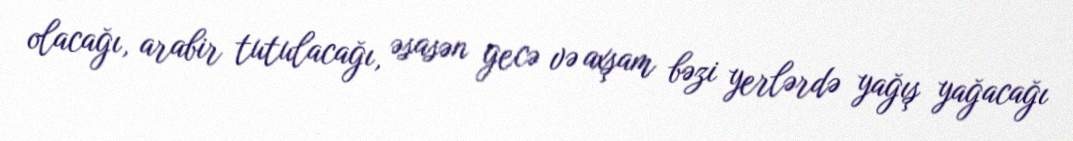
olacağı, arabir tutulacağı, əsasən gecə və axşam bəzi yerlərdə yağış yağacağı